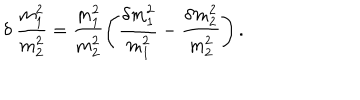
\delta \ \frac { m _ { 1 } ^ { 2 } } { m _ { 2 } ^ { 2 } } = \frac { m _ { 1 } ^ { 2 } } { m _ { 2 } ^ { 2 } } \left( \frac { \delta m _ { 1 } ^ { 2 } } { m _ { 1 } ^ { 2 } } - \frac { \delta m _ { 2 } ^ { 2 } } { m _ { 2 } ^ { 2 } } \right) .